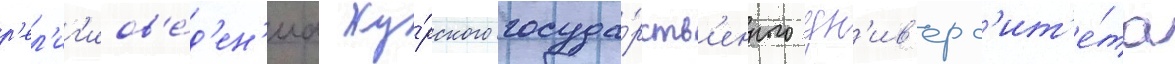
р'ел'иг'иов'е́д'ен'иа ку́рского госуда́рств'енного ун'ив'ерс'ит'е́та